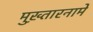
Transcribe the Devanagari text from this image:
मुख़्तारनामे